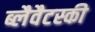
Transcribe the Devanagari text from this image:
ब्लैवैटस्की